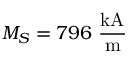
M _ { S } = 7 9 6 ~ \mathrm { \frac { k A } { m } }